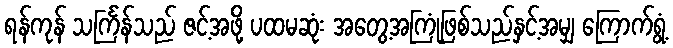
ရန်ကုန် သင်္ကြန်သည် ဇင့်အဖို့ ပထမဆုံး အတွေ့အကြုံဖြစ်သည်နှင့်အမျှ ကြောက်ရွံ့